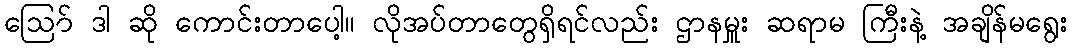
ဪ ဒါ ဆို ကောင်းတာပေါ့။ လိုအပ်တာတွေရှိရင်လည်း ဌာနမှူး ဆရာမ ကြီးနဲ့ အချိန်မရွေး